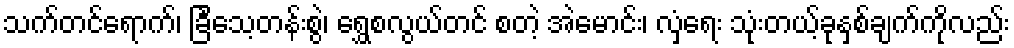
သက်တင်ရောက်၊ ခြင်္သေ့တန်းစွဲ၊ ရွှေစလွယ်တင် စတဲ့ အဲမောင်း၊ လှံရေး သုံးတယ့်ခုနှစ်ချက်ကိုလည်း